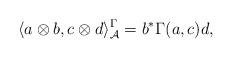
LaTeX: \begin{gather*}\langle a\otimes b, c \otimes d\rangle_{\mathcal A}^\Gamma=b^*\Gamma(a, c)d,\end{gather*}